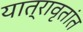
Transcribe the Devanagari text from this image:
यात्रावृतांत